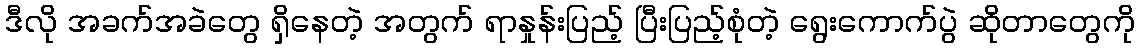
ဒီလို အခက်အခဲတွေ ရှိနေတဲ့ အတွက် ရာနှုန်းပြည့် ပြီးပြည့်စုံတဲ့ ရွေးကောက်ပွဲ ဆိုတာတွေကို